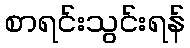
စာရင်းသွင်းရန်